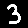
Digit: 3